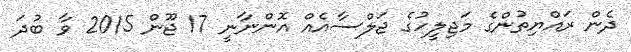
ދެން ރައްޔިތުންގެ މަޖިލީހުގެ ޖަލްސާއެއް އޮންނާނީ 17 ޖޫން 2015 ވާ ބުދަ